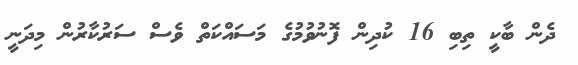
ދެން ބާކީ ތިބި 16 ކުދިން ފޮނުވުމުގެ މަސައްކަތް ވެސް ސަރުކާރުން މިދަނީ